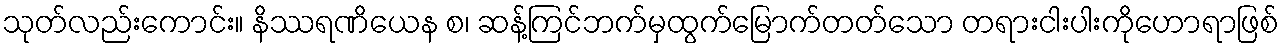
သုတ်လည်းကောင်း။ နိဿရဏိယေန စ၊ ဆန့်ကြင်ဘက်မှထွက်မြောက်တတ်သော တရားငါးပါးကိုဟောရာဖြစ်